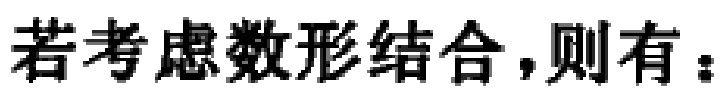
若考虑数形结合，则有：